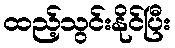
ထည့်သွင်းနိုင်ပြီး